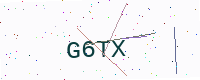
Text: G6TX